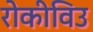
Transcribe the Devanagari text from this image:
रोकीविउ